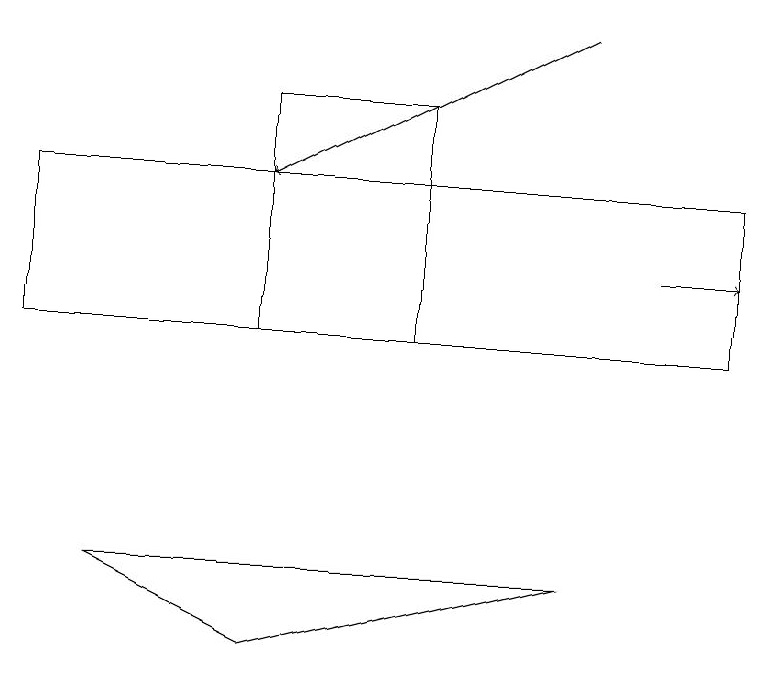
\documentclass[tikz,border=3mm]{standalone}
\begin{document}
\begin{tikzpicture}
\draw (7,9) -- (1,9) -- (3,8) -- cycle;
\draw (3,12) rectangle (5,15);
\draw[->] (7,16) -- (3,14);
\draw[->] (8,13) -- (9,13);
\draw (9,12) rectangle (0,14);
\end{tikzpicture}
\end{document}